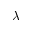
\bar { \lambda }